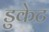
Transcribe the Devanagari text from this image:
डुकेट